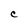
Character: C